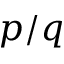
p / q